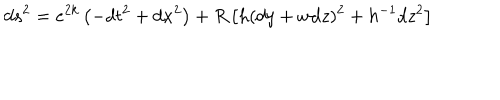
LaTeX: d s ^ { 2 } = e ^ { 2 k } \left( - d t ^ { 2 } + d x ^ { 2 } \right) + R \left[ h ( d y + w d z ) ^ { 2 } + h ^ { - 1 } d z ^ { 2 } \right]